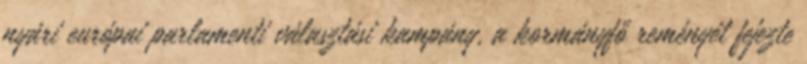
nyári európai parlamenti választási kampány, a kormányfő reményét fejezte